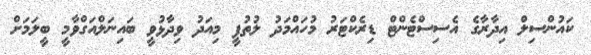
ކައުންސިލް އިދާރާގެ އެސިސްޓެންޓް ޑިރެކްޓަރު މުހައްމަދު ލުތުފީ މިއަދު ވިދާޅުވީ ބައިނަލްއަގްވާމީ ބީލަމަށް